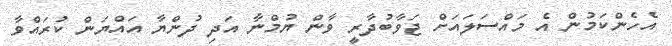
އެހެންކަމުން އެ މައްސަލައަށް ޖަވާބުދާރީ ވާން ޔުމްނާ އަދި ދުންޔާ އައްޔަން ކުރައްވާ